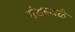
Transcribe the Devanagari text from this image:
गंडस्थळे